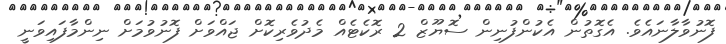
ފޮނުވާލާނައެވެ. އެގޮތުން އެކުންފުނިން ސޮޔޫޒް 2 ރޮކެޓެއް މެދުވެރިކޮށް ޖައްވަށް ފޮނުވުމަށް ނިންމާފައިވަނީ